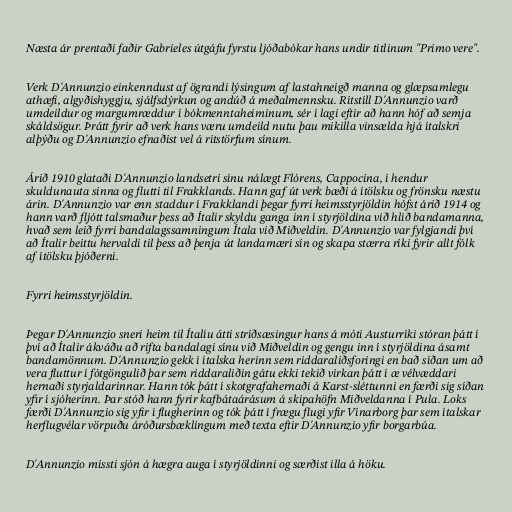
Næsta ár prentaði faðir Gabrieles útgáfu fyrstu ljóðabókar hans undir titlinum "Primo vere".

Verk D'Annunzio einkenndust af ögrandi lýsingum af lastahneigð manna og glæpsamlegu
athæfi, algyðishyggju, sjálfsdýrkun og andúð á meðalmennsku. Ritstíll D'Annunzio varð
umdeildur og margumræddur í bókmenntaheiminum, sér í lagi eftir að hann hóf að semja
skáldsögur. Þrátt fyrir að verk hans væru umdeild nutu þau mikilla vinsælda hjá ítalskri
alþýðu og D'Annunzio efnaðist vel á ritstörfum sínum.

Árið 1910 glataði D'Annunzio landsetri sínu nálægt Flórens, Cappocina, í hendur
skuldunauta sinna og flutti til Frakklands. Hann gaf út verk bæði á ítölsku og frönsku næstu
árin. D'Annunzio var enn staddur í Frakklandi þegar fyrri heimsstyrjöldin hófst árið 1914 og
hann varð fljótt talsmaður þess að Ítalir skyldu ganga inn í styrjöldina við hlið bandamanna,
hvað sem leið fyrri bandalagssamningum Ítala við Miðveldin. D'Annunzio var fylgjandi því
að Ítalir beittu hervaldi til þess að þenja út landamæri sín og skapa stærra ríki fyrir allt fólk
af ítölsku þjóðerni.

Fyrri heimsstyrjöldin.

Þegar D'Annunzio sneri heim til Ítalíu átti stríðsæsingur hans á móti Austurríki stóran þátt í
því að Ítalir ákváðu að rifta bandalagi sínu við Miðveldin og gengu inn í styrjöldina ásamt
bandamönnum. D'Annunzio gekk í ítalska herinn sem riddaraliðsforingi en bað síðan um að
vera fluttur í fótgöngulið þar sem riddaraliðin gátu ekki tekið virkan þátt í æ vélvæddari
hernaði styrjaldarinnar. Hann tók þátt í skotgrafahernaði á Karst-sléttunni en færði sig síðan
yfir í sjóherinn. Þar stóð hann fyrir kafbátaárásum á skipahöfn Miðveldanna í Pula. Loks
færði D'Annunzio sig yfir í flugherinn og tók þátt í frægu flugi yfir Vínarborg þar sem ítalskar
herflugvélar vörpuðu áróðursbæklingum með texta eftir D'Annunzio yfir borgarbúa.

D'Annunzio missti sjón á hægra auga í styrjöldinni og særðist illa á höku.